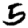
Digit: 5